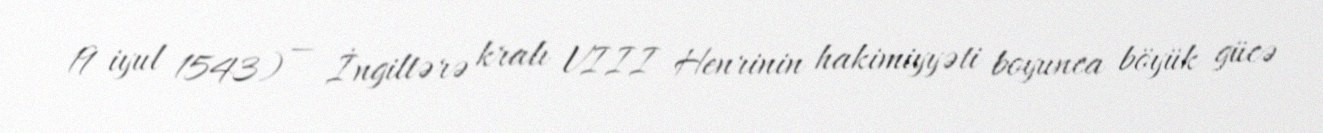
19 iyul 1543) — İngiltərə kralı VIII Henrinin hakimiyyəti boyunca böyük gücə